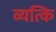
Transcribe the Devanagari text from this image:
व्यत्कि